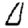
Digit: 0